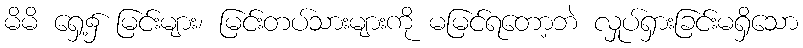
မိမိ ရှေ့၌ မြင်းများ၊ မြင်းတပ်သားများကို မမြင်ရတော့ဘဲ လှုပ်ရှားခြင်းမရှိသော